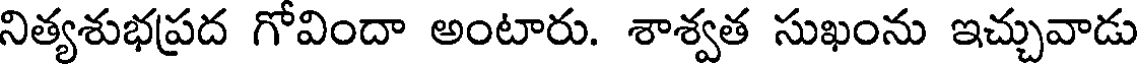
నిత్యశుభప్రద గోవిందా అంటారు. శాశ్వత సుఖంను ఇచ్చువాడు